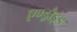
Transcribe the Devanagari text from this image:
एण्ड्रौइड